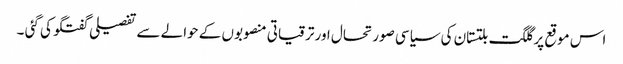
اس موقع پر گلگت بلتستان کی سیاسی صورتحال اور ترقیاتی منصوبوں کے حوالے سے تفصیلی گفتگو کی گئی ۔